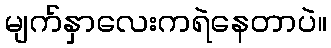
မျက်နှာလေးကရဲနေတာပဲ။